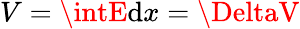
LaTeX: V=\intE\mathrm{d}x=\DeltaV